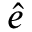
\hat { e }